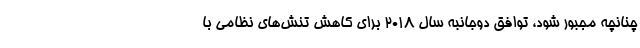
چنانچه مجبور شود، توافق دوجانبه سال ۲۰۱۸ برای کاهش تنش‌های نظامی با